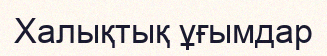
Халықтық ұғымдар